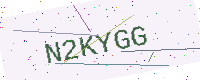
Text: N2KYGG